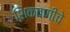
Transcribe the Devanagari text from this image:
शिकवणीचे